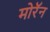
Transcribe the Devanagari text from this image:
मोरॅन